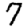
Digit: 7